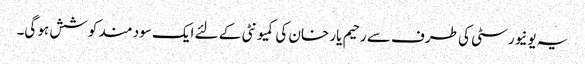
یہ یونیورسٹی کی طرف سے رحیم یار خان کی کمیونٹی کے لئے ایک سود مند کوشش ہو گی۔